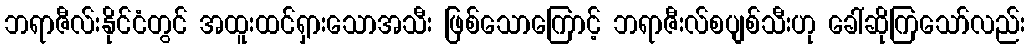
ဘရာဇီလ်းနိုင်ငံတွင် အထူးထင်ရှားသောအသီး ဖြစ်သောကြောင့် ဘရာဇီးလ်စပျစ်သီးဟု ခေါ်ဆိုကြသော်လည်း